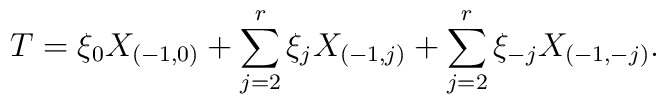
T=\xi_0X_{(-1,0)}+\sum_{j=2}^r \xi_jX_{(-1,j)} 	+\sum_{j=2}^r\xi_{-j}X_{(-1,-j)}.